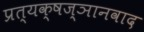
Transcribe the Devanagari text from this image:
प्रत्यक्षज्ञानवाद